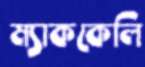
ম্যাককেলি